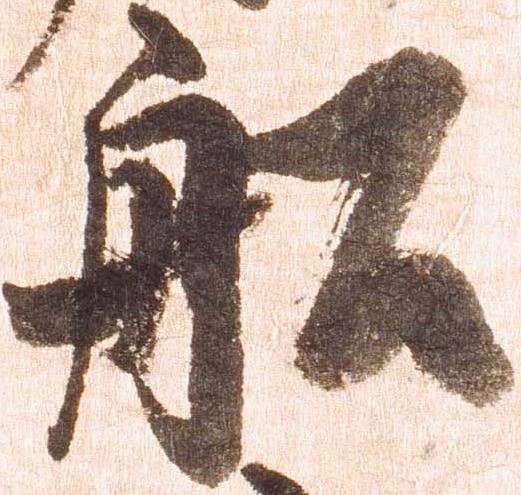
船